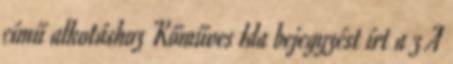
című alkotáshoz Kőműves Ida bejegyzést írt a z A